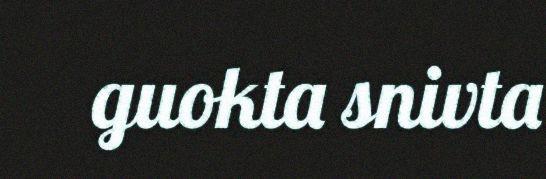
guokta snivta